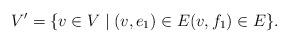
LaTeX: \begin{align*}V'=\{v\in V\mid (v,e_1)\in E (v,f_1)\in E\}.\end{align*}